Lunatic asylums in Bengal annual reports 1912-1924 - 1912-1924
Year: 1912
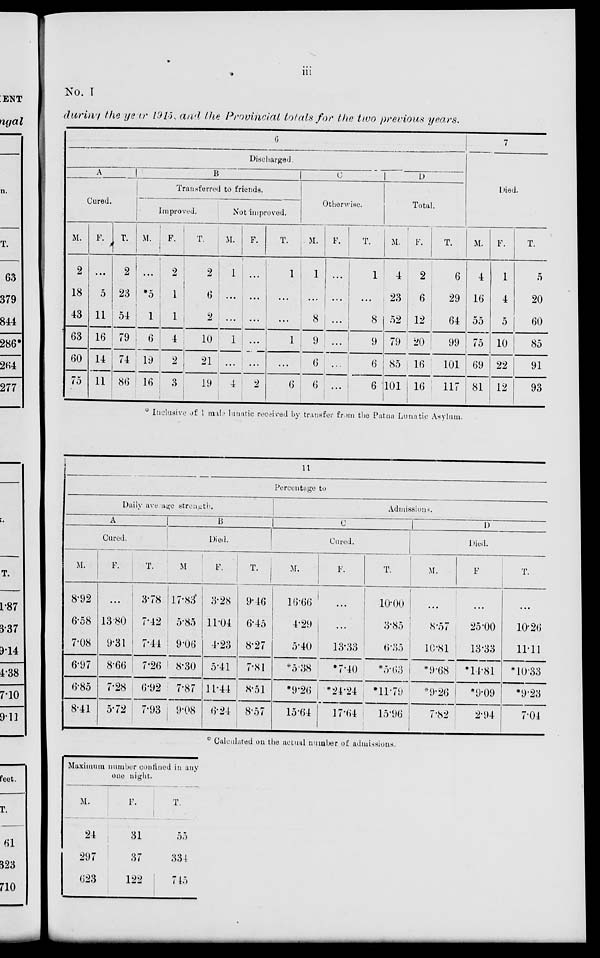
iii
No. I
during the year 1915, and the Provincial totals for the two previous years.
6
Discharged.
A
Cured.
M.
2
18
43
63
60
75
F.
...
5
11
16
14
11
T.
2
23
54
79
74
86
B
Transferred to friends.
Improved.
M.
...
*5
1
6
19
16
F.
2
1
1
4
2
3
T.
2
6
2
10
21
19
Not improved.
M.
1
...
...
1
...
4
F.
...
...
...
...
...
2
T.
1
...
...
1
...
6
C
Otherwise.
M.
1
...
8
9
6
6
F.
...
...
...
...
...
...
T.
1
...
8
9
6
6
D
Total.
M.
4
23
52
79
85
101
F.
2
6
12
20
16
16
T.
6
29
64
99
101
117
7
Died.
M.
4
16
55
75
69
81
F.
1
4
5
10
22
12
T.
5
20
60
85
91
93
* Inclusive of 1 male lunatic received by transfer from the Patna Lunatic Asylum.
11
Percentage to
Daily average strength.
A
Cured.
M.
8.92
6.58
7.08
6.97
6.85
8.41
F.
...
13.80
9.31
8.66
7.28
5.72
T.
3.78
7.42
7.44
7.26
6.92
7.93
B
Died.
M.
17.83
5.85
9.06
8.30
7.87
9.08
F.
3.28
11.04
4.23
5.41
11.44
6.24
T.
9.46
6.45
8.27
7.81
8.51
8.57
Admissions.
C
Cured.
M.
16.66
4.29
5.40
*5.38
*9.26
15.64
F.
...
...
13.33
*7.40
*24.24
17.64
T.
10.00
3.85
6.35
*5.63
*11.79
15.96
D
Died.
M.
...
8.57
10.81
*9.68
*9.26
7.82
F.
...
25.00
13.33
*14.81
*9.09
2.94
T.
...
10.26
11.11
*10.33
*9.23
7.04
* Calculated on the actual number of admissions.
Maximum number confined in any
one night.
M.
24
297
623
F.
31
37
122
T.
55
334
745